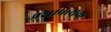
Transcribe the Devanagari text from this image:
अशाप्रत्यक